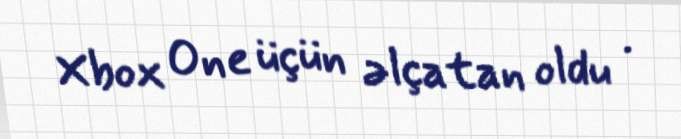
Xbox One üçün əlçatan oldu .